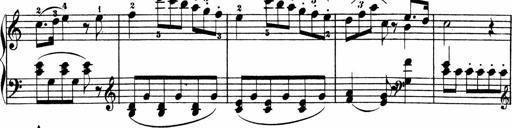
Title: 3 Sonatinen
Composer: Heinrich Lichner